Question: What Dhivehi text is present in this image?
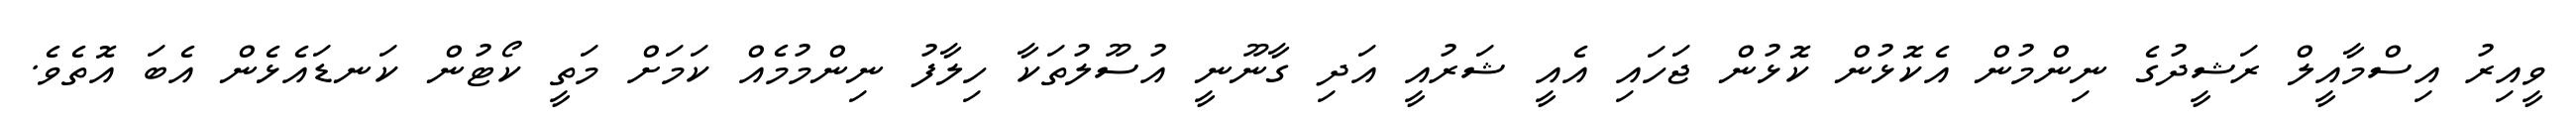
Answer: ވީއިރު އިސްމާއީލް ރަޝީދުގެ ނިންމުން އެކޮޅުން ކޮޅުން ޖަހައި އެއީ ޝަރުއީ އަދި ގާނޫނީ އުސޫލުތަކާ ހިލާފު ނިންމުމެއް ކަމަށް މަތީ ކޯޓުން ކަނޑައެޅެން އެބަ އޮތެވެ.